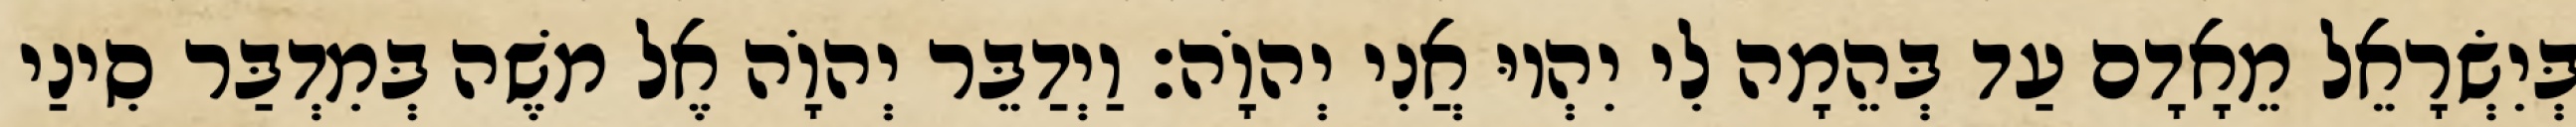
בְּיִשְׂרָאֵל מֵאָדָם עַד בְּהֵמָה לִי יִהְיוּ אֲנִי יְהוָֹה׃ וַיְדַבֵּר יְהוָֹה אֶל משֶׁה בְּמִדְבַּר סִינַי